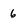
Character: 6